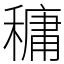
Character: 𥡲